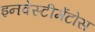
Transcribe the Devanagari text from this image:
इनवेस्टीमेंटोस